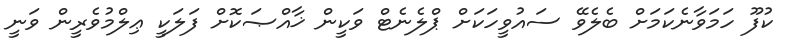
ކުފޫ ހަމަވާނެކަމަށް ބެލެވޭ ސައުވީހަކަށް ޕްލެނެޓް ވަކީން ޚާއްޞަކޮށް ފަލަކީ ޢިލްމުވެރީން ވަނީ